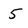
Character: 5